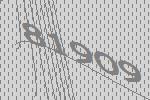
81909